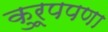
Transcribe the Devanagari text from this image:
कुरूपपणा